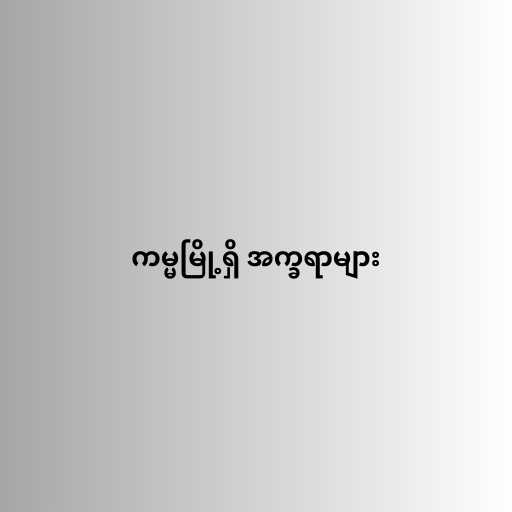
ကမ္မမြို့ရှိ အက္ခရာများ